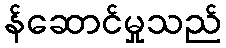
န်ဆောင်မှုသည်